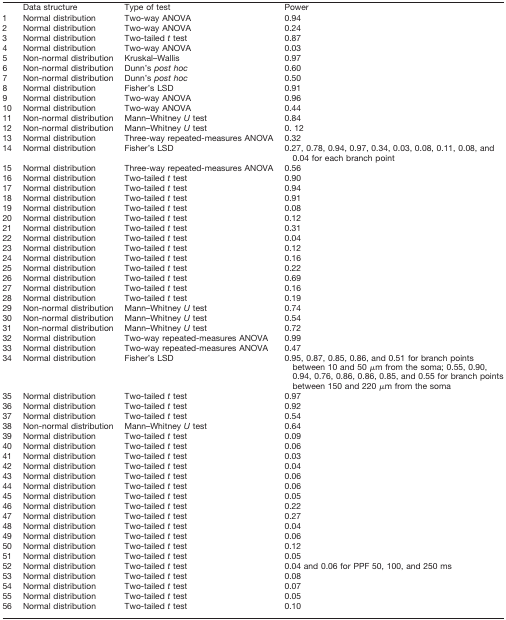
<table><thead><tr><td></td><td><b>Data structure</b></td><td><b>Type of test</b></td><td><b>Power</b></td></tr></thead><tbody><tr><td>1</td><td>Normal distribution</td><td>Two-way ANOVA</td><td>0.94</td></tr><tr><td>2</td><td>Normal distribution</td><td>Two-way ANOVA</td><td>0.24</td></tr><tr><td>3</td><td>Normal distribution</td><td>Two-tailed <i>t</i> test</td><td>0.87</td></tr><tr><td>4</td><td>Normal distribution</td><td>Two-way ANOVA</td><td>0.03</td></tr><tr><td>5</td><td>Non-normal distribution</td><td>Kruskal–Wallis</td><td>0.97</td></tr><tr><td>6</td><td>Non-normal distribution</td><td>Dunn’s <i>post hoc</i></td><td>0.60</td></tr><tr><td>7</td><td>Non-normal distribution</td><td>Dunn’s <i>post hoc</i></td><td>0.50</td></tr><tr><td>8</td><td>Normal distribution</td><td>Fisher’s LSD</td><td>0.91</td></tr><tr><td>9</td><td>Normal distribution</td><td>Two-way ANOVA</td><td>0.96</td></tr><tr><td>10</td><td>Normal distribution</td><td>Two-way ANOVA</td><td>0.44</td></tr><tr><td>11</td><td>Non-normal distribution</td><td>Mann–Whitney <i>U</i> test</td><td>0.84</td></tr><tr><td>12</td><td>Non-normal distribution</td><td>Mann–Whitney <i>U</i> test</td><td>0. 12</td></tr><tr><td>13</td><td>Normal distribution</td><td>Three-way repeated-measures ANOVA</td><td>0.32</td></tr><tr><td>14</td><td>Normal distribution</td><td>Fisher’s LSD</td><td>0.27, 0.78, 0.94, 0.97, 0.34, 0.03, 0.08, 0.11, 0.08, and 0.04 for each branch point</td></tr><tr><td>15</td><td>Normal distribution</td><td>Three-way repeated-measures ANOVA</td><td>0.56</td></tr><tr><td>16</td><td>Normal distribution</td><td>Two-tailed <i>t</i> test</td><td>0.90</td></tr><tr><td>17</td><td>Normal distribution</td><td>Two-tailed <i>t</i> test</td><td>0.94</td></tr><tr><td>18</td><td>Normal distribution</td><td>Two-tailed <i>t</i> test</td><td>0.91</td></tr><tr><td>19</td><td>Normal distribution</td><td>Two-tailed <i>t</i> test</td><td>0.08</td></tr><tr><td>20</td><td>Normal distribution</td><td>Two-tailed <i>t</i> test</td><td>0.12</td></tr><tr><td>21</td><td>Normal distribution</td><td>Two-tailed <i>t</i> test</td><td>0.31</td></tr><tr><td>22</td><td>Normal distribution</td><td>Two-tailed <i>t</i> test</td><td>0.04</td></tr><tr><td>23</td><td>Normal distribution</td><td>Two-tailed <i>t</i> test</td><td>0.12</td></tr><tr><td>24</td><td>Normal distribution</td><td>Two-tailed <i>t</i> test</td><td>0.16</td></tr><tr><td>25</td><td>Normal distribution</td><td>Two-tailed <i>t</i> test</td><td>0.22</td></tr><tr><td>26</td><td>Normal distribution</td><td>Two-tailed <i>t</i> test</td><td>0.69</td></tr><tr><td>27</td><td>Normal distribution</td><td>Two-tailed <i>t</i> test</td><td>0.16</td></tr><tr><td>28</td><td>Normal distribution</td><td>Two-tailed <i>t</i> test</td><td>0.19</td></tr><tr><td>29</td><td>Non-normal distribution</td><td>Mann–Whitney <i>U</i> test</td><td>0.74</td></tr><tr><td>30</td><td>Non-normal distribution</td><td>Mann–Whitney <i>U</i> test</td><td>0.54</td></tr><tr><td>31</td><td>Non-normal distribution</td><td>Mann–Whitney <i>U</i> test</td><td>0.72</td></tr><tr><td>32</td><td>Normal distribution</td><td>Two-way repeated-measures ANOVA</td><td>0.99</td></tr><tr><td>33</td><td>Normal distribution</td><td>Two-way repeated-measures ANOVA</td><td>0.47</td></tr><tr><td>34</td><td>Normal distribution</td><td>Fisher’s LSD</td><td>0.95, 0.87, 0.85, 0.86, and 0.51 for branch points between 10 and 50 μm from the soma; 0.55, 0.90, 0.94, 0.76, 0.86, 0.86, 0.85, and 0.55 for branch points between 150 and 220 μm from the soma</td></tr><tr><td>35</td><td>Normal distribution</td><td>Two-tailed <i>t</i> test</td><td>0.97</td></tr><tr><td>36</td><td>Normal distribution</td><td>Two-tailed <i>t</i> test</td><td>0.92</td></tr><tr><td>37</td><td>Normal distribution</td><td>Two-tailed <i>t</i> test</td><td>0.54</td></tr><tr><td>38</td><td>Non-normal distribution</td><td>Mann–Whitney <i>U</i> test</td><td>0.64</td></tr><tr><td>39</td><td>Normal distribution</td><td>Two-tailed <i>t</i> test</td><td>0.09</td></tr><tr><td>40</td><td>Normal distribution</td><td>Two-tailed <i>t</i> test</td><td>0.06</td></tr><tr><td>41</td><td>Normal distribution</td><td>Two-tailed <i>t</i> test</td><td>0.03</td></tr><tr><td>42</td><td>Normal distribution</td><td>Two-tailed <i>t</i> test</td><td>0.04</td></tr><tr><td>43</td><td>Normal distribution</td><td>Two-tailed <i>t</i> test</td><td>0.06</td></tr><tr><td>44</td><td>Normal distribution</td><td>Two-tailed <i>t</i> test</td><td>0.06</td></tr><tr><td>45</td><td>Normal distribution</td><td>Two-tailed <i>t</i> test</td><td>0.05</td></tr><tr><td>46</td><td>Normal distribution</td><td>Two-tailed <i>t</i> test</td><td>0.22</td></tr><tr><td>47</td><td>Normal distribution</td><td>Two-tailed <i>t</i> test</td><td>0.27</td></tr><tr><td>48</td><td>Normal distribution</td><td>Two-tailed <i>t</i> test</td><td>0.04</td></tr><tr><td>49</td><td>Normal distribution</td><td>Two-tailed <i>t</i> test</td><td>0.06</td></tr><tr><td>50</td><td>Normal distribution</td><td>Two-tailed <i>t</i> test</td><td>0.12</td></tr><tr><td>51</td><td>Normal distribution</td><td>Two-tailed <i>t</i> test</td><td>0.05</td></tr><tr><td>52</td><td>Normal distribution</td><td>Two-tailed <i>t</i> test</td><td>0.04 and 0.06 for PPF 50, 100, and 250 ms</td></tr><tr><td>53</td><td>Normal distribution</td><td>Two-tailed <i>t</i> test</td><td>0.08</td></tr><tr><td>54</td><td>Normal distribution</td><td>Two-tailed <i>t</i> test</td><td>0.07</td></tr><tr><td>55</td><td>Normal distribution</td><td>Two-tailed <i>t</i> test</td><td>0.05</td></tr><tr><td>56</td><td>Normal distribution</td><td>Two-tailed <i>t</i> test</td><td>0.10</td></tr></tbody></table>